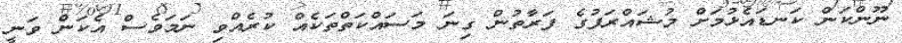
ނޫންކަން ކަނޑައެޅުމަށް މުޝައްރަފުގެ ފަރާތުން ގިނަ މަސައްކަތްތަކެއް ކުރެއްވި ނަމަވެސް އެކަން ވަނީ